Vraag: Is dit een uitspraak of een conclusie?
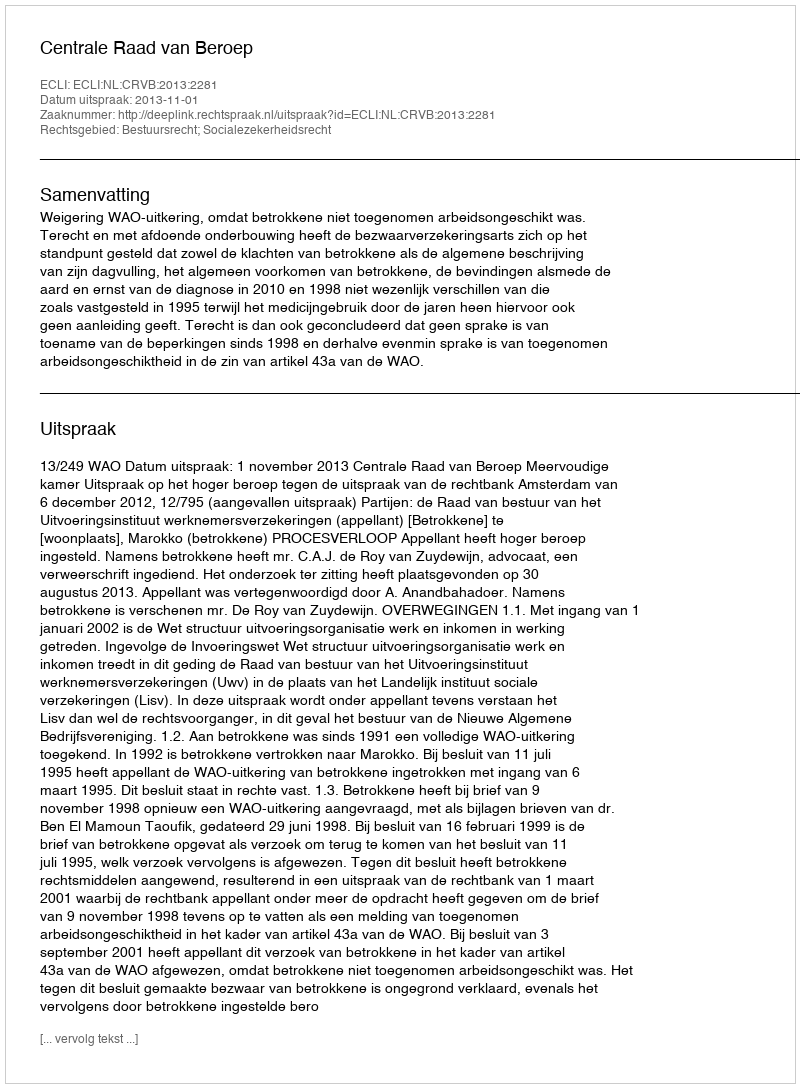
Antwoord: Uitspraak